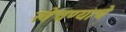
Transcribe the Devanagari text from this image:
खेचण्याचे